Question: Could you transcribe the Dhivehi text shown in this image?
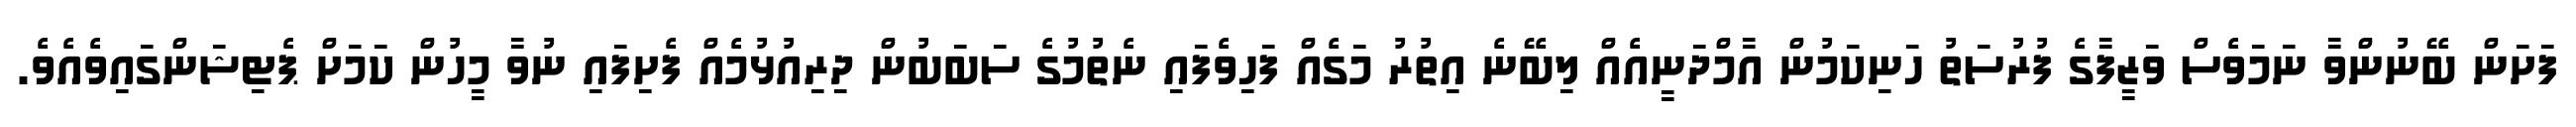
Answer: ފަށަން ބޭނުންވާ ނަމަވެސް ވަޒީފާގެ ފުރުސަތު ހަނިކަމުން އާމްދަނީއެއް ލިބޭނެ އިތުރު މަގެއް ފަހިވެފައި ނެތުމުގެ ސަބަބުން ދިރިއުޅުމެއް ފެށިފައި ނުވާ މީހުން ކަމަށް ޕެޓިޝަންގައިވެއެވެ.